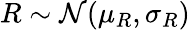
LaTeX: R\sim\mathcal N(\mu_{R},\sigma_{R})